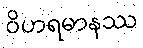
ဝိဟရမာနဿ